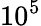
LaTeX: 10^{5}